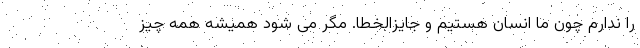
را ندارم چون ما انسان هستیم و جایزالخطا. مگر می شود همیشه همه چیز